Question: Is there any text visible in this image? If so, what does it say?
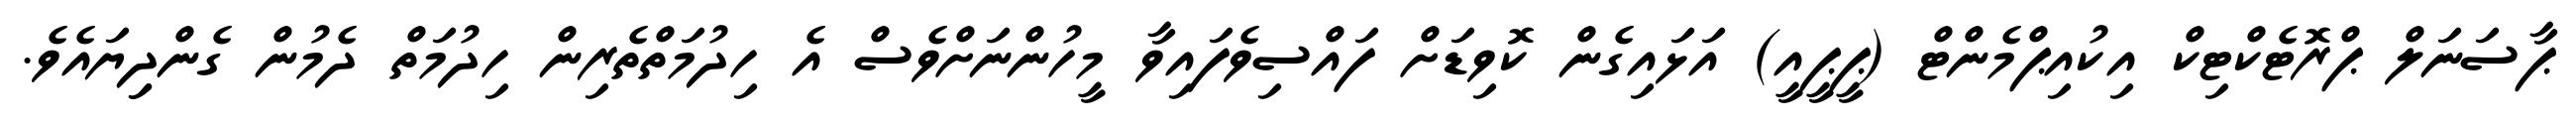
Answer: ޕާސަނަލް ޕްރޮޓެކްޓިކް އިކުއިޕްމެންޓް (ޕީޕީއީ) އަޅައިގެން ކޮވިޑަށް ފައްސިވެފައިވާ މީހުންނަށްވެސް އެ ހިދުމަތްތެރިން ހިދުމަތް ދެމުން ގެންދިިޔައެވެ.